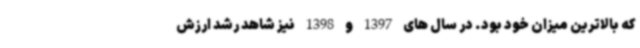
که بالاترین میزان خود بود. در سال های 1397 و 1398 نیز شاهد رشد ارزش